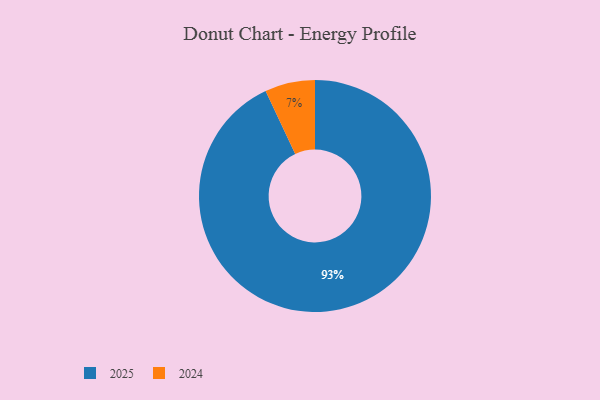
{"axis": {"x": "Category", "y": "Percentage"}, "legend": ["2024", "2025"], "data": [{"x": "2024", "y": 7, "type": "2024"}, {"x": "2025", "y": 93, "type": "2025"}]}